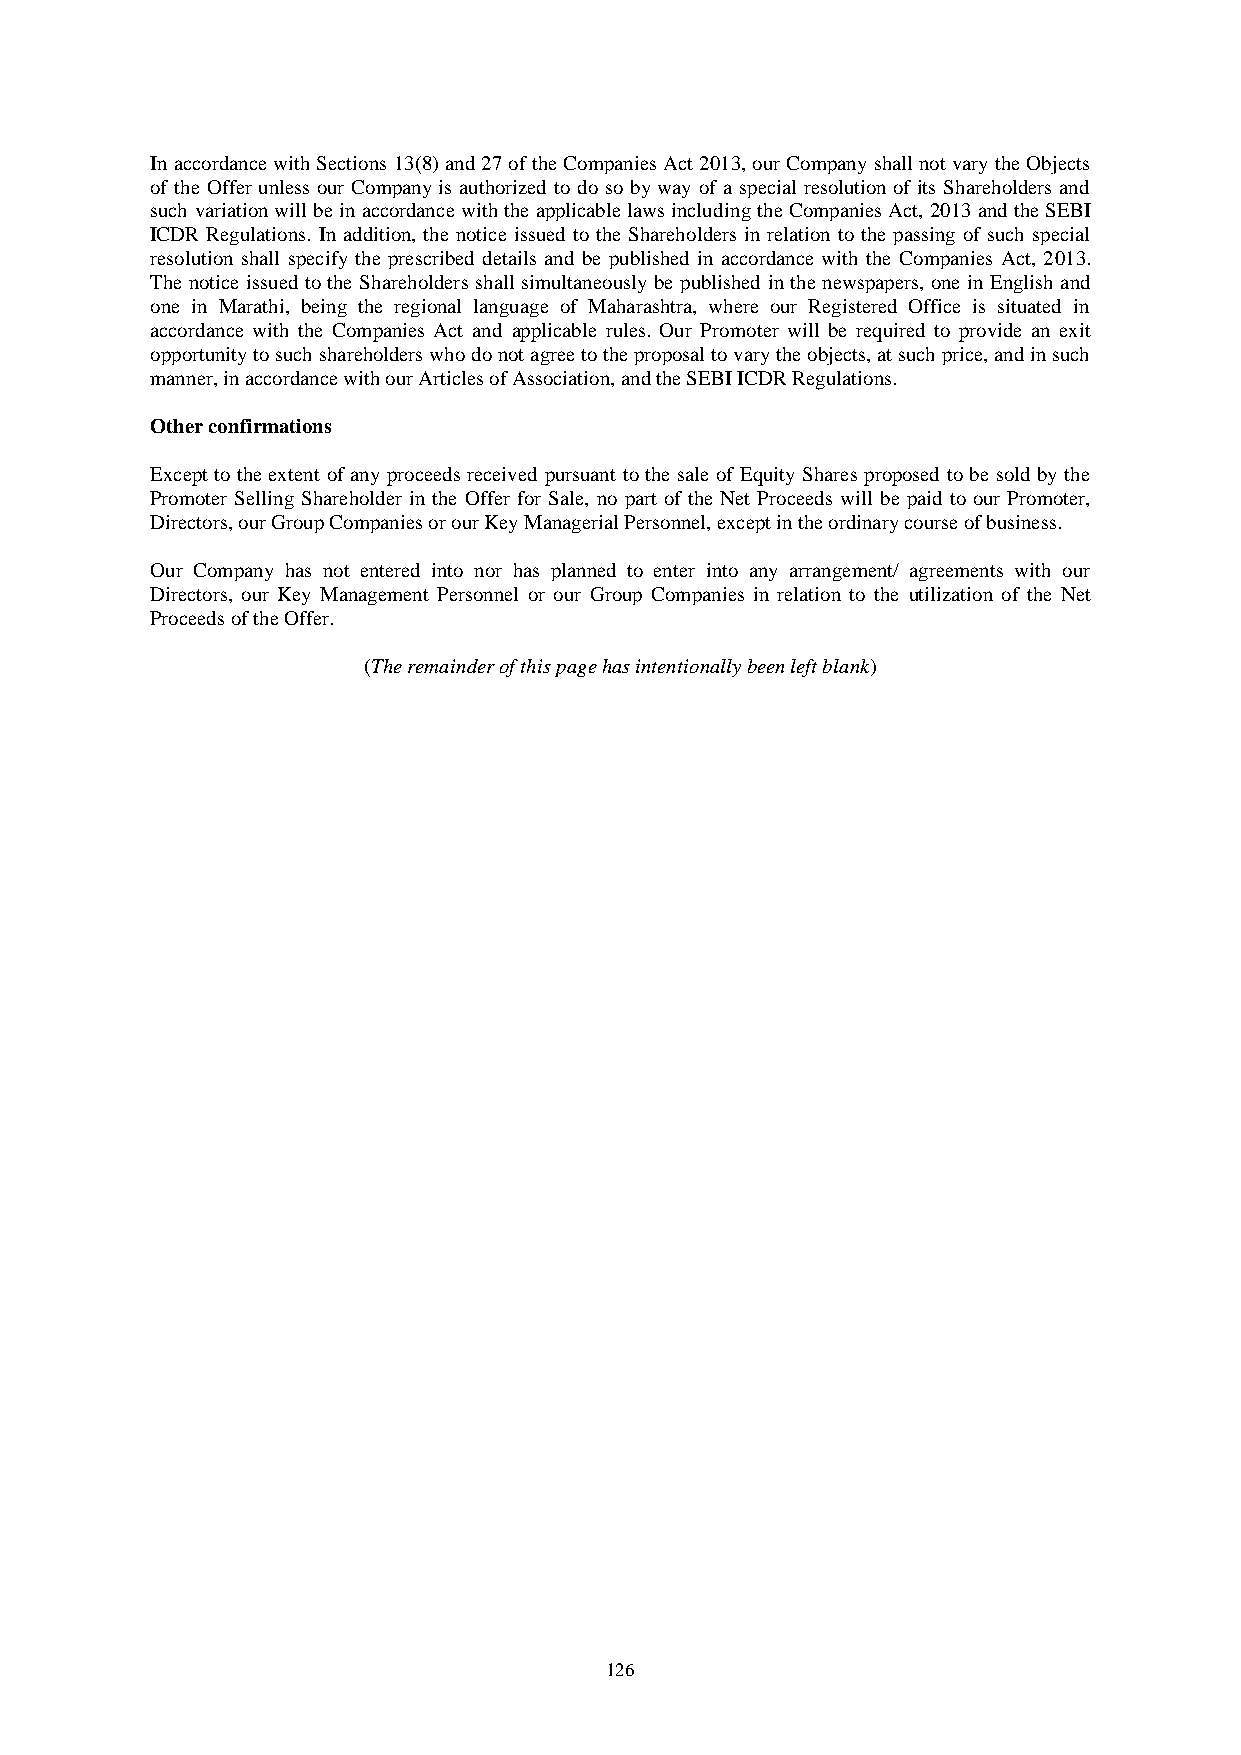
In accordance with Sections 13(8) and 27 of the Companies Act 2013, our Company shall not vary the Objects
 of the Offer unless our Company is authorized to do so by way of a special resolution of its Shareholders and
 such variation will be in accordance with the applicable laws including the Companies Act, 2013 and the SEBI
 ICDR Regulations. In addition, the notice issued to the Shareholders in relation to the passing of such special
 resolution shall specify the prescribed details and be published in accordance with the Companies Act, 2013.
 The notice issued to the Shareholders shall simultaneously be published in the newspapers, one in English and
 one in Marathi, being the regional language of Maharashtra, where our Registered Office is situated in
 accordance with the Companies Act and applicable rules. Our Promoter will be required to provide an exit
 opportunity to such shareholders who do not agree to the proposal to vary the objects, at such price, and in such
 manner, in accordance with our Articles of Association, and the SEBI ICDR Regulations.
 Other confirmations
 Except to the extent of any proceeds received pursuant to the sale of Equity Shares proposed to be sold by the
 Promoter Selling Shareholder in the Offer for Sale, no part of the Net Proceeds will be paid to our Promoter,
 Directors, our Group Companies or our Key Managerial Personnel, except in the ordinary course of business.
 Our Company has not entered into nor has planned to enter into any arrangement/ agreements with our
 Directors, our Key Management Personnel or our Group Companies in relation to the utilization of the Net
 Proceeds of the Offer.
 (The remainder of this page has intentionally been left blank)
 126